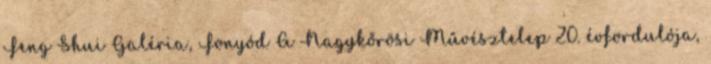
Feng Shui Galéria, Fonyód A Nagykőrösi Művésztelep 20. évfordulója,